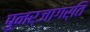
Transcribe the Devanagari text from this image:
पुनर्जागर्ति